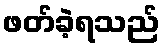
ဖတ်ခဲ့ရသည်